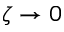
\zeta \rightarrow 0